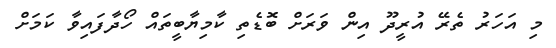
މި އަހަރު ތެރޭ އުރީދޫ އިން ވަރަށް ބޮޑެތި ކާމިޔާބީތައް ހޯދާފައިވާ ކަމަށް